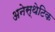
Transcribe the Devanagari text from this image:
अनेस्थेटिक